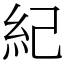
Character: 紀